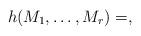
LaTeX: \begin{align*} h( M_1, \dots, M_r) = ,\end{align*}